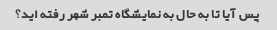
پس آیا تا به حال به نمایشگاه تمبر شهر رفته اید؟